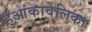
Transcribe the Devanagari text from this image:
हुआंकावेलिका